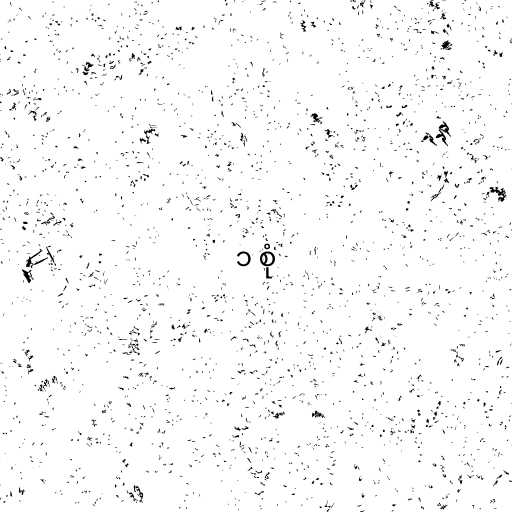
၁ စုံ